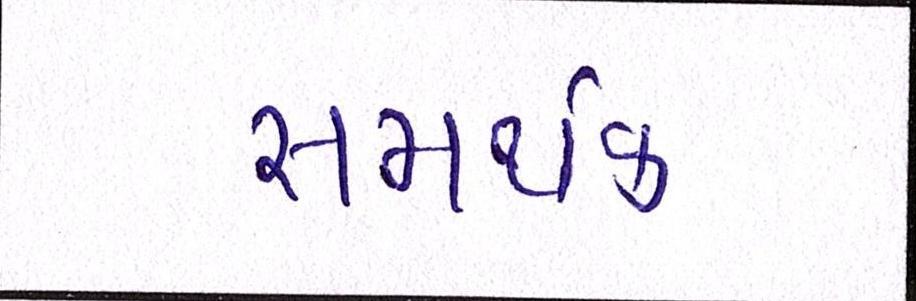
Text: સમર્થક